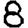
Digit: 8